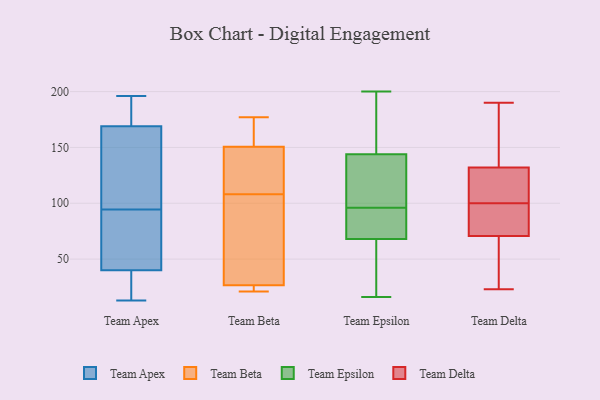
{"axis": {"x": "Humidity (%)", "y": "Value"}, "legend": ["Team Apex", "Team Beta", "Team Delta", "Team Epsilon"], "data": [{"x": "", "y": 60, "type": "Team Apex"}, {"x": "", "y": 194, "type": "Team Apex"}, {"x": "", "y": 184, "type": "Team Apex"}, {"x": "", "y": 17, "type": "Team Apex"}, {"x": "", "y": 122, "type": "Team Apex"}, {"x": "", "y": 26, "type": "Team Apex"}, {"x": "", "y": 195, "type": "Team Apex"}, {"x": "", "y": 178, "type": "Team Apex"}, {"x": "", "y": 52, "type": "Team Apex"}, {"x": "", "y": 13, "type": "Team Apex"}, {"x": "", "y": 100, "type": "Team Apex"}, {"x": "", "y": 57, "type": "Team Apex"}, {"x": "", "y": 160, "type": "Team Apex"}, {"x": "", "y": 17, "type": "Team Apex"}, {"x": "", "y": 89, "type": "Team Apex"}, {"x": "", "y": 28, "type": "Team Apex"}, {"x": "", "y": 84, "type": "Team Apex"}, {"x": "", "y": 122, "type": "Team Apex"}, {"x": "", "y": 196, "type": "Team Apex"}, {"x": "", "y": 140, "type": "Team Apex"}, {"x": "", "y": 24, "type": "Team Beta"}, {"x": "", "y": 21, "type": "Team Beta"}, {"x": "", "y": 177, "type": "Team Beta"}, {"x": "", "y": 158, "type": "Team Beta"}, {"x": "", "y": 25, "type": "Team Beta"}, {"x": "", "y": 108, "type": "Team Beta"}, {"x": "", "y": 31, "type": "Team Beta"}, {"x": "", "y": 61, "type": "Team Beta"}, {"x": "", "y": 128, "type": "Team Beta"}, {"x": "", "y": 165, "type": "Team Beta"}, {"x": "", "y": 120, "type": "Team Beta"}, {"x": "", "y": 89, "type": "Team Epsilon"}, {"x": "", "y": 59, "type": "Team Epsilon"}, {"x": "", "y": 189, "type": "Team Epsilon"}, {"x": "", "y": 105, "type": "Team Epsilon"}, {"x": "", "y": 16, "type": "Team Epsilon"}, {"x": "", "y": 68, "type": "Team Epsilon"}, {"x": "", "y": 69, "type": "Team Epsilon"}, {"x": "", "y": 138, "type": "Team Epsilon"}, {"x": "", "y": 39, "type": "Team Epsilon"}, {"x": "", "y": 103, "type": "Team Epsilon"}, {"x": "", "y": 83, "type": "Team Epsilon"}, {"x": "", "y": 144, "type": "Team Epsilon"}, {"x": "", "y": 171, "type": "Team Epsilon"}, {"x": "", "y": 200, "type": "Team Epsilon"}, {"x": "", "y": 42, "type": "Team Delta"}, {"x": "", "y": 23, "type": "Team Delta"}, {"x": "", "y": 73, "type": "Team Delta"}, {"x": "", "y": 27, "type": "Team Delta"}, {"x": "", "y": 108, "type": "Team Delta"}, {"x": "", "y": 117, "type": "Team Delta"}, {"x": "", "y": 178, "type": "Team Delta"}, {"x": "", "y": 137, "type": "Team Delta"}, {"x": "", "y": 190, "type": "Team Delta"}, {"x": "", "y": 66, "type": "Team Delta"}, {"x": "", "y": 149, "type": "Team Delta"}, {"x": "", "y": 100, "type": "Team Delta"}, {"x": "", "y": 100, "type": "Team Delta"}, {"x": "", "y": 70, "type": "Team Delta"}, {"x": "", "y": 99, "type": "Team Delta"}, {"x": "", "y": 75, "type": "Team Delta"}, {"x": "", "y": 100, "type": "Team Delta"}, {"x": "", "y": 103, "type": "Team Delta"}, {"x": "", "y": 146, "type": "Team Delta"}]}